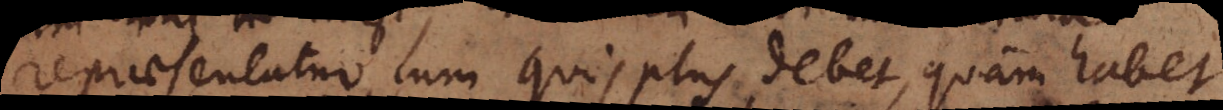
repraesentatur cum quis plus debet, quam habet